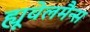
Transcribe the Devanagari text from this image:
ह्यूवेलमैन्स